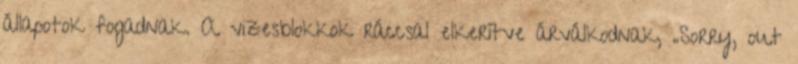
állapotok fogadnak. A vizesblokkok ráccsal elkerítve árválkodnak, „Sorry, out